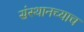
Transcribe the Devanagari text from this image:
संस्थानच्याच